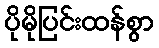
ပိုမိုပြင်းထန်စွာ